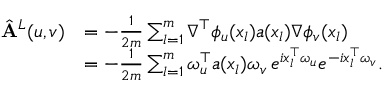
\begin{array} { r l } { \hat { \mathbf { A } } ^ { L } ( u , v ) } & { = - \frac { 1 } { 2 m } \sum _ { l = 1 } ^ { m } \nabla ^ { \top } \phi _ { u } ( x _ { l } ) a ( x _ { l } ) \nabla \phi _ { v } ( x _ { l } ) } \\ & { = - \frac { 1 } { 2 m } \sum _ { l = 1 } ^ { m } \omega _ { u } ^ { \top } a ( x _ { l } ) \omega _ { v } \, e ^ { i x _ { l } ^ { \top } \omega _ { u } } e ^ { - i x _ { l } ^ { \top } \omega _ { v } } . } \end{array}